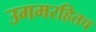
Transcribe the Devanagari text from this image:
उगमरहितच